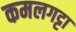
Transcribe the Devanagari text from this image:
कमलगट्टा